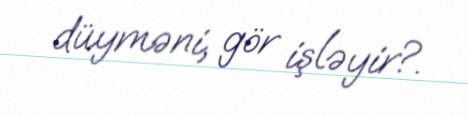
düyməni, gör işləyir?.